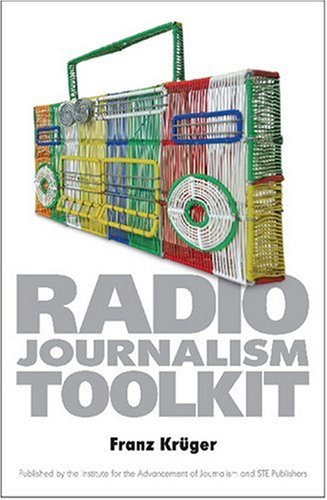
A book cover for The Radio Journalism Toolkit; Franz KrÃ¼ger; Humor & Entertainment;